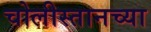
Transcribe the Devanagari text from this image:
चोलीस्तानच्या